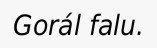
Gorál falu.